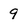
Character: 9